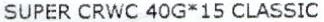
SUPER CRWC 40G*15 CLASSIC